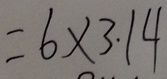
= 6 \times 3 . 1 4